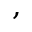
,